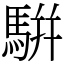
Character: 騈